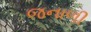
જનાળી